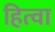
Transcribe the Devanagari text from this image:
हित्वा